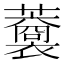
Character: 𧃥